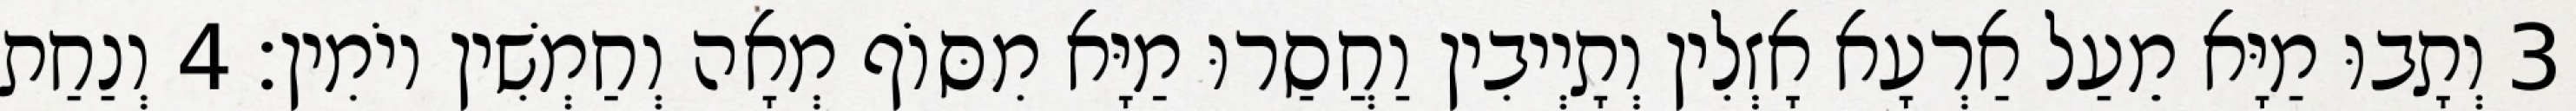
3 וְתָבוּ מַיָּא מֵעַל אַרְעָא אָזְלִין וְתָיְיבִין וַחֲסַרוּ מַיָּא מִסּוֹף מְאָה וְחַמְשִׁין יוֹמִין׃ 4 וְנַחַת